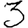
Digit: 3